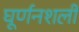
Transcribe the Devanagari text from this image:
घूर्णनशली